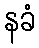
နခံ